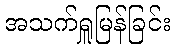
အသက်ရှူမြန်ခြင်း